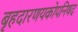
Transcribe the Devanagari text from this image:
बृहदारणयकोपनिषद